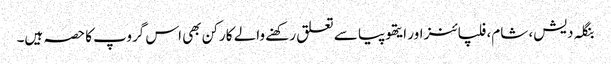
بنگلہ دیش، شام، فلپائنز اور ایتھوپیا سے تعلق رکھنے والے کارکن بھی اس گروپ کا حصہ ہیں۔